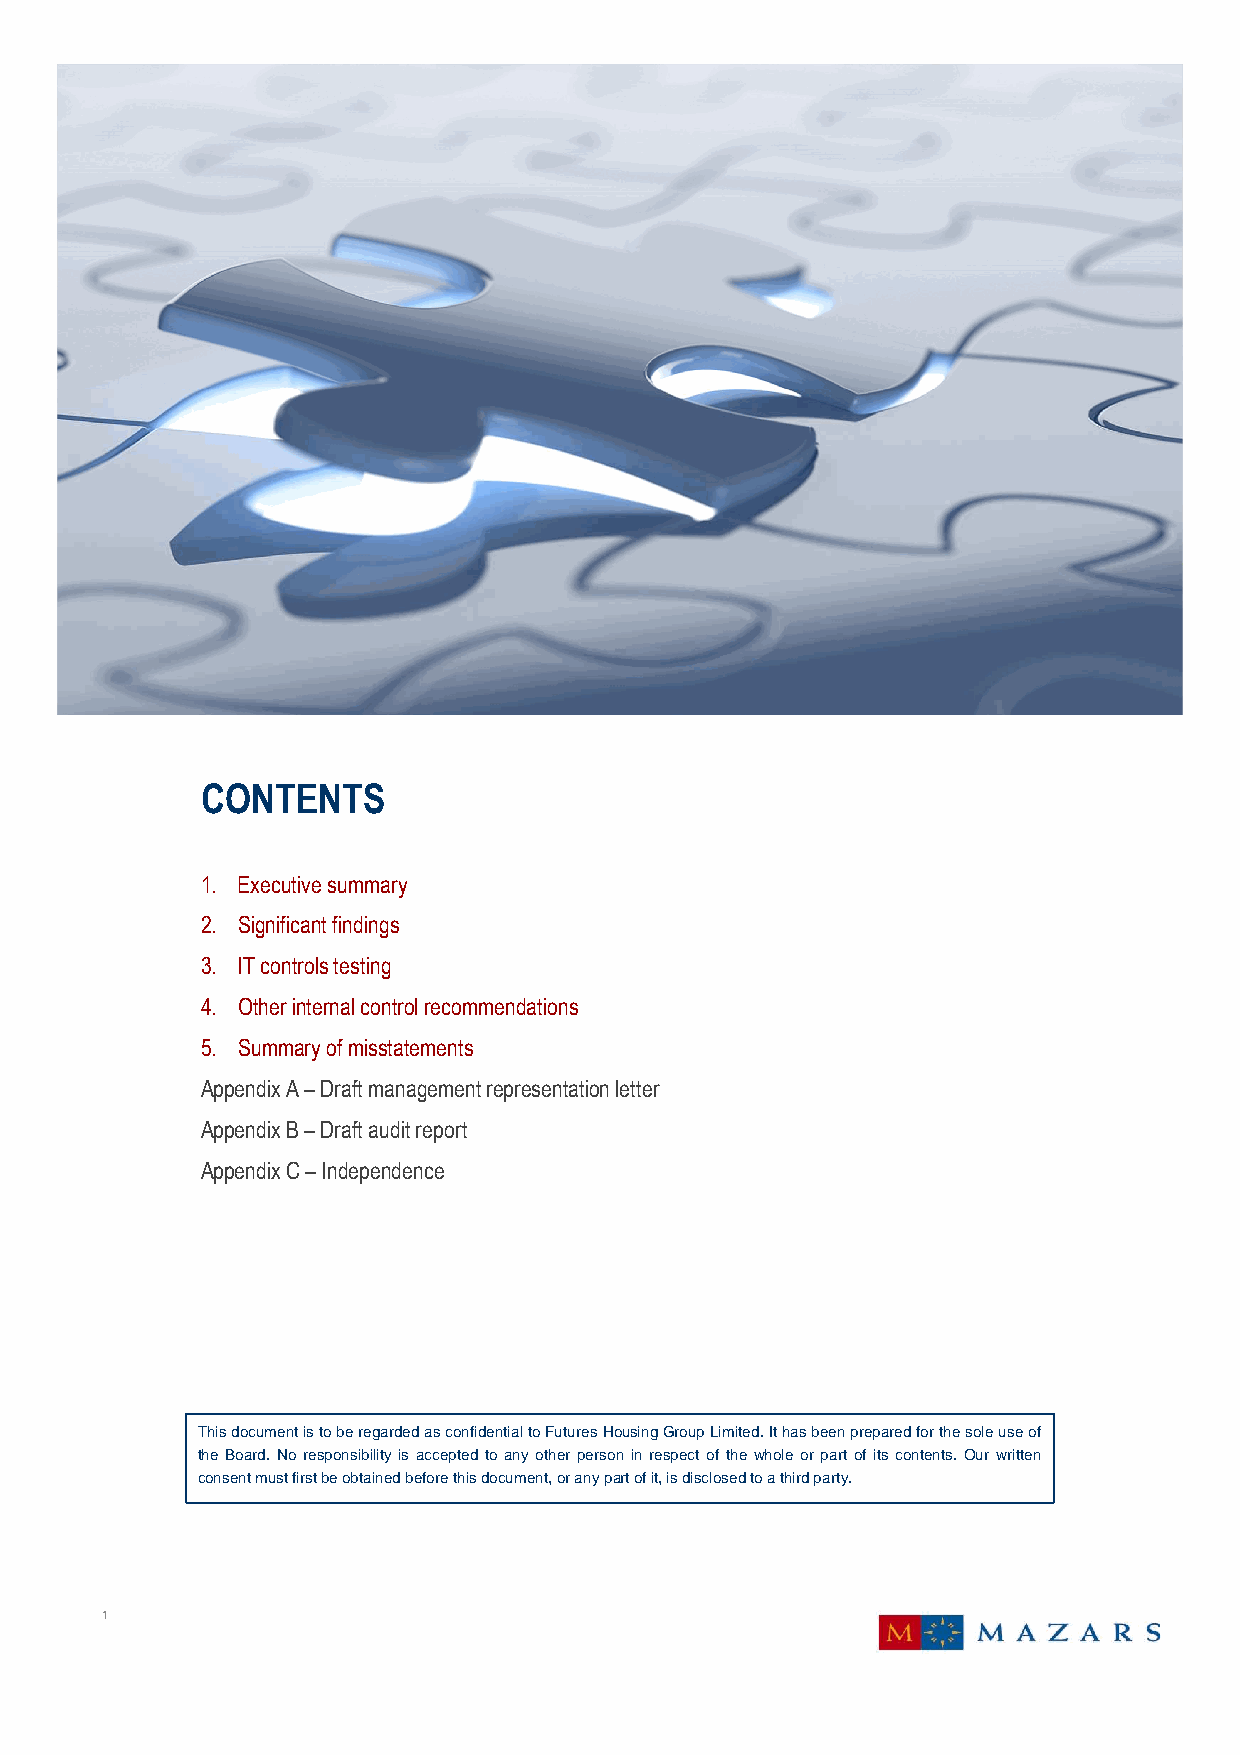
CONTENTS
 1. Executivesummary
 2. Significantfindings
 3. ITcontrolstesting
 4. Otherinternalcontrolrecommendations
 5. Summaryofmisstatements
 AppendixA–Draftmanagementrepresentationletter
 AppendixB–Draftauditreport
 AppendixC–Independence
 ThisdocumentistoberegardedasconfidentialtoFuturesHousingGroupLimited.Ithasbeenpreparedforthesoleuseof
 the Board. No responsibility is accepted to any other person in respect of the whole or part of its contents. Our written
 consentmustfirstbeobtainedbeforethisdocument,oranypartofit,isdisclosedtoathirdparty.
 1